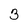
Character: 3